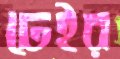
ঢেইর